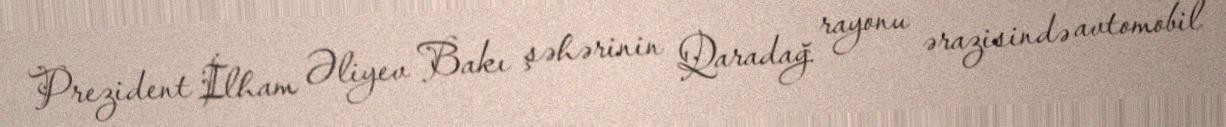
Prezident İlham Əliyev Bakı şəhərinin Qaradağ rayonu ərazisində avtomobil